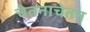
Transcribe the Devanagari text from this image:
चेतनाचेतन